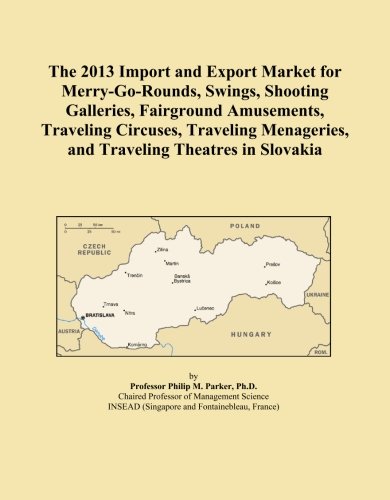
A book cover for The 2013 Import and Export Market for Merry-Go-Rounds, Swings, Shooting Galleries, Fairground Amusements, Traveling Circuses, Traveling Menageries, and Traveling Theatres in Slovakia; Icon Group International; Travel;